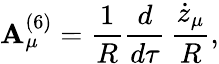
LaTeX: \mathbf{A}_{\mu}^{(6)}={\frac{{1}}{{R}}}{\frac{{d}}{{d\tau}}}\, {\frac{{\dot{{z}}_{\mu}}}{{R}}},